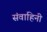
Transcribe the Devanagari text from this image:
संवाहिनी